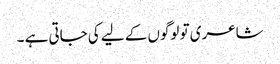
شاعری تو لوگوں کے لیے کی جاتی ہے ۔